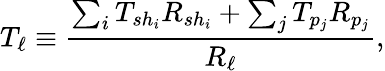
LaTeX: T_{\ell}\equiv\frac{\sum_{i}T_{sh_{i}}R_{sh_{i}}+\sum_{j}T_{p_{j}}R_{p_{j}}}{R_{\ell}},